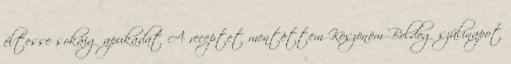
éltesse sokáig apukádat A receptet mentettem Köszönöm Boldog szülinapot